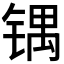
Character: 𰾙